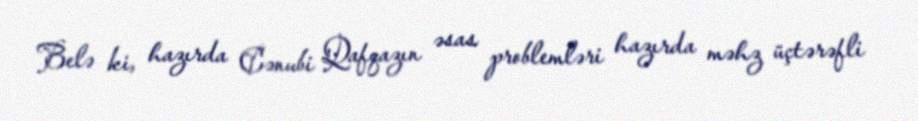
Belə ki, hazırda Cənubi Qafqazın əsas problemləri hazırda məhz üçtərəfli